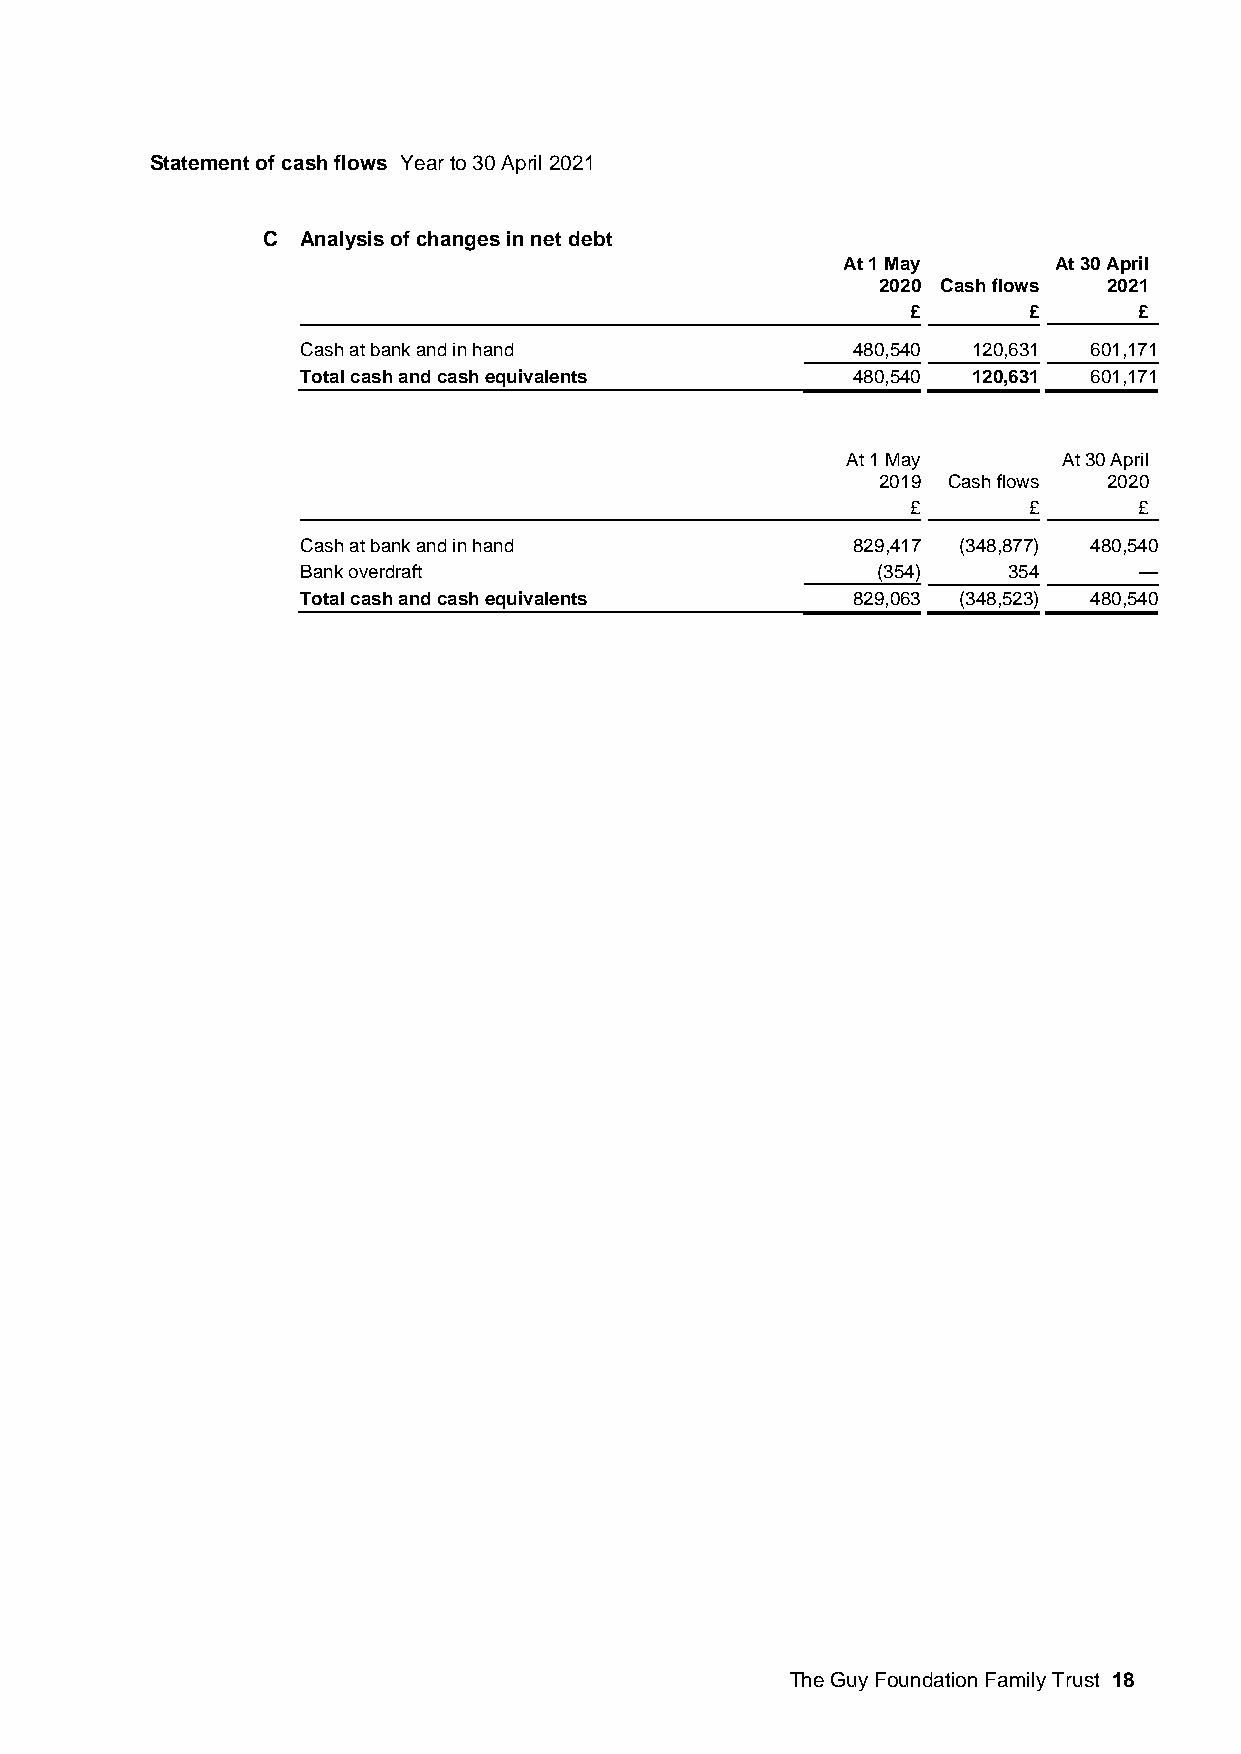
Statement of cash flows Year to 30 April 2021
 C  Analysis of changes in net debt
 At 1 May      At 30 April
 2020 Cash flows 2021
 £       £      £
 Cash at bank and in hand            480,540 120,631 601,171
 Total cash and cash equivalents     480,540 120,631 601,171
 At 1 May      At 30 April
 2019 Cash flows 2020
 £       £      £
 Cash at bank and in hand            829,417 (348,877) 480,540
 Bank overdraft                        (354)    354     —
 Total cash and cash equivalents     829,063 (348,523) 480,540
 The Guy Foundation Family Trust 18